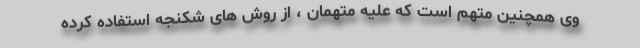
وی همچنین متهم است که علیه متهمان ، از روش های شکنجه استفاده کرده